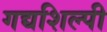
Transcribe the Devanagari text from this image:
गद्यशिल्पी